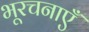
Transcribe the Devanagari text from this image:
भूरचनाएँ